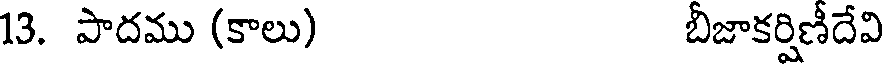
13. పాదము (కాలు) బీజాకర్షిణీదేవి